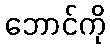
ဘောင်ကို